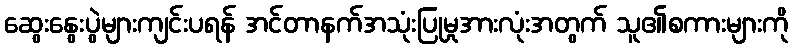
ဆွေးနွေးပွဲများကျင်းပရန် အင်တာနက်အသုံးပြုမှုအားလုံးအတွက် သူ၏စကားများကို